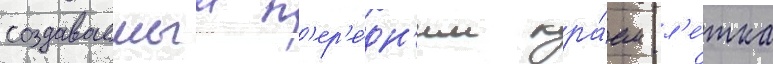
создаваемыи п'ер'е́дн'им кра́ем л'е́тка